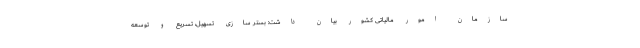
سازمان امور مالیاتی کشور بیان داشت: بستر سازی تسهیل، تسریع و توسعه